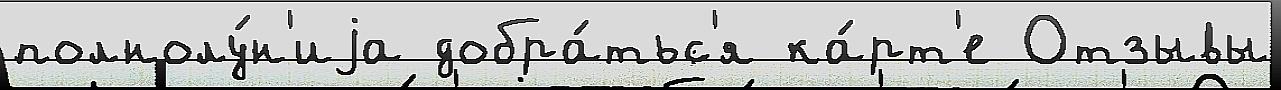
полнолу́н'иjа добра́тьс'я ка́рт'е Отзывы